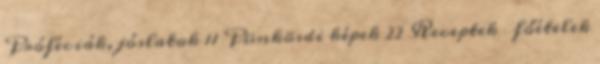
Próféciák, jóslatok 11 Pünkösdi képek 22 Receptek főételek